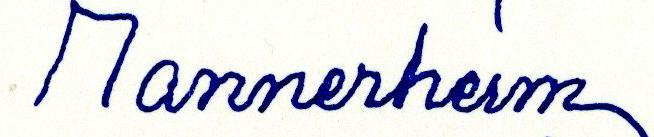
Mannerheim